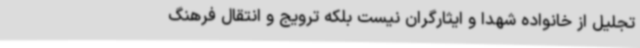
تجلیل از خانواده شهدا و ایثارگران نیست بلکه ترویج و انتقال فرهنگ